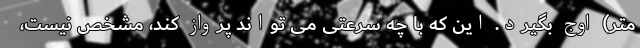
متر) اوج بگیرد. این که با چه سرعتی می تواند پرواز کند، مشخص نیست،